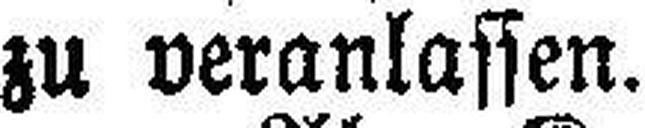
zu veranlassen.